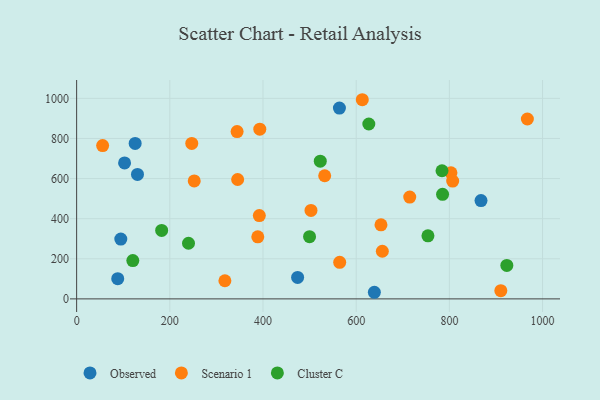
{"axis": {"x": "Experience", "y": "Profit"}, "legend": ["Cluster C", "Observed", "Scenario 1"], "data": [{"x": "94.8", "y": 298.2, "type": "Observed"}, {"x": "102.9", "y": 677.9, "type": "Observed"}, {"x": "564.0", "y": 951.4, "type": "Observed"}, {"x": "474.3", "y": 107.1, "type": "Observed"}, {"x": "639.0", "y": 33.0, "type": "Observed"}, {"x": "125.6", "y": 775.2, "type": "Observed"}, {"x": "130.6", "y": 620.6, "type": "Observed"}, {"x": "867.9", "y": 490.4, "type": "Observed"}, {"x": "88.2", "y": 100.7, "type": "Observed"}, {"x": "388.8", "y": 309.3, "type": "Scenario 1"}, {"x": "967.4", "y": 897.0, "type": "Scenario 1"}, {"x": "247.1", "y": 775.4, "type": "Scenario 1"}, {"x": "613.1", "y": 993.2, "type": "Scenario 1"}, {"x": "345.6", "y": 595.5, "type": "Scenario 1"}, {"x": "393.1", "y": 846.5, "type": "Scenario 1"}, {"x": "803.4", "y": 629.0, "type": "Scenario 1"}, {"x": "653.2", "y": 369.2, "type": "Scenario 1"}, {"x": "252.4", "y": 588.4, "type": "Scenario 1"}, {"x": "564.6", "y": 182.3, "type": "Scenario 1"}, {"x": "318.2", "y": 90.4, "type": "Scenario 1"}, {"x": "503.0", "y": 441.0, "type": "Scenario 1"}, {"x": "910.4", "y": 40.9, "type": "Scenario 1"}, {"x": "344.4", "y": 834.5, "type": "Scenario 1"}, {"x": "392.1", "y": 415.4, "type": "Scenario 1"}, {"x": "714.9", "y": 507.9, "type": "Scenario 1"}, {"x": "807.1", "y": 587.4, "type": "Scenario 1"}, {"x": "55.8", "y": 764.6, "type": "Scenario 1"}, {"x": "656.1", "y": 237.7, "type": "Scenario 1"}, {"x": "532.4", "y": 614.2, "type": "Scenario 1"}, {"x": "522.9", "y": 686.8, "type": "Cluster C"}, {"x": "182.5", "y": 341.3, "type": "Cluster C"}, {"x": "923.3", "y": 167.1, "type": "Cluster C"}, {"x": "785.4", "y": 521.4, "type": "Cluster C"}, {"x": "784.2", "y": 638.9, "type": "Cluster C"}, {"x": "240.1", "y": 277.4, "type": "Cluster C"}, {"x": "499.9", "y": 310.2, "type": "Cluster C"}, {"x": "627.1", "y": 872.1, "type": "Cluster C"}, {"x": "754.0", "y": 314.5, "type": "Cluster C"}, {"x": "120.6", "y": 191.3, "type": "Cluster C"}]}